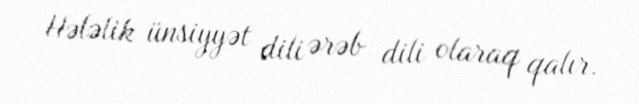
Hələlik ünsiyyət dili ərəb dili olaraq qalır.